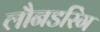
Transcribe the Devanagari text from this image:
लौनडरिंग